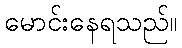
မောင်းနေရသည်။